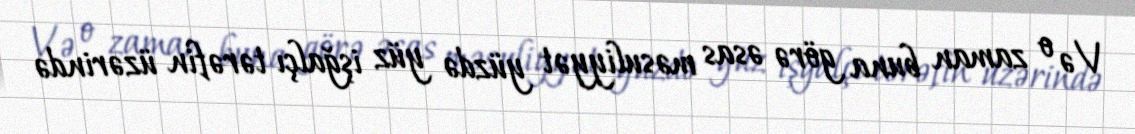
Və o zaman buna görə əsas məsuliyyət yüzdə yüz işğalçı tərəfin üzərində